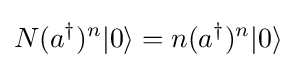
N(a^{\dagger })^{n}|0\rangle =n(a^{\dagger })^{n}|0\rangle